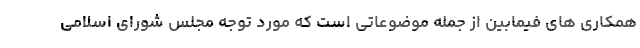
همکاری های فیمابین از جمله موضوعاتی است که مورد توجه مجلس شورای اسلامی